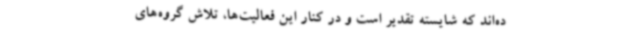
ده‌اند که شایسته تقدیر است و در کنار این فعالیت‌ها، تلاش‌ گروه‌های